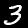
Label: 3